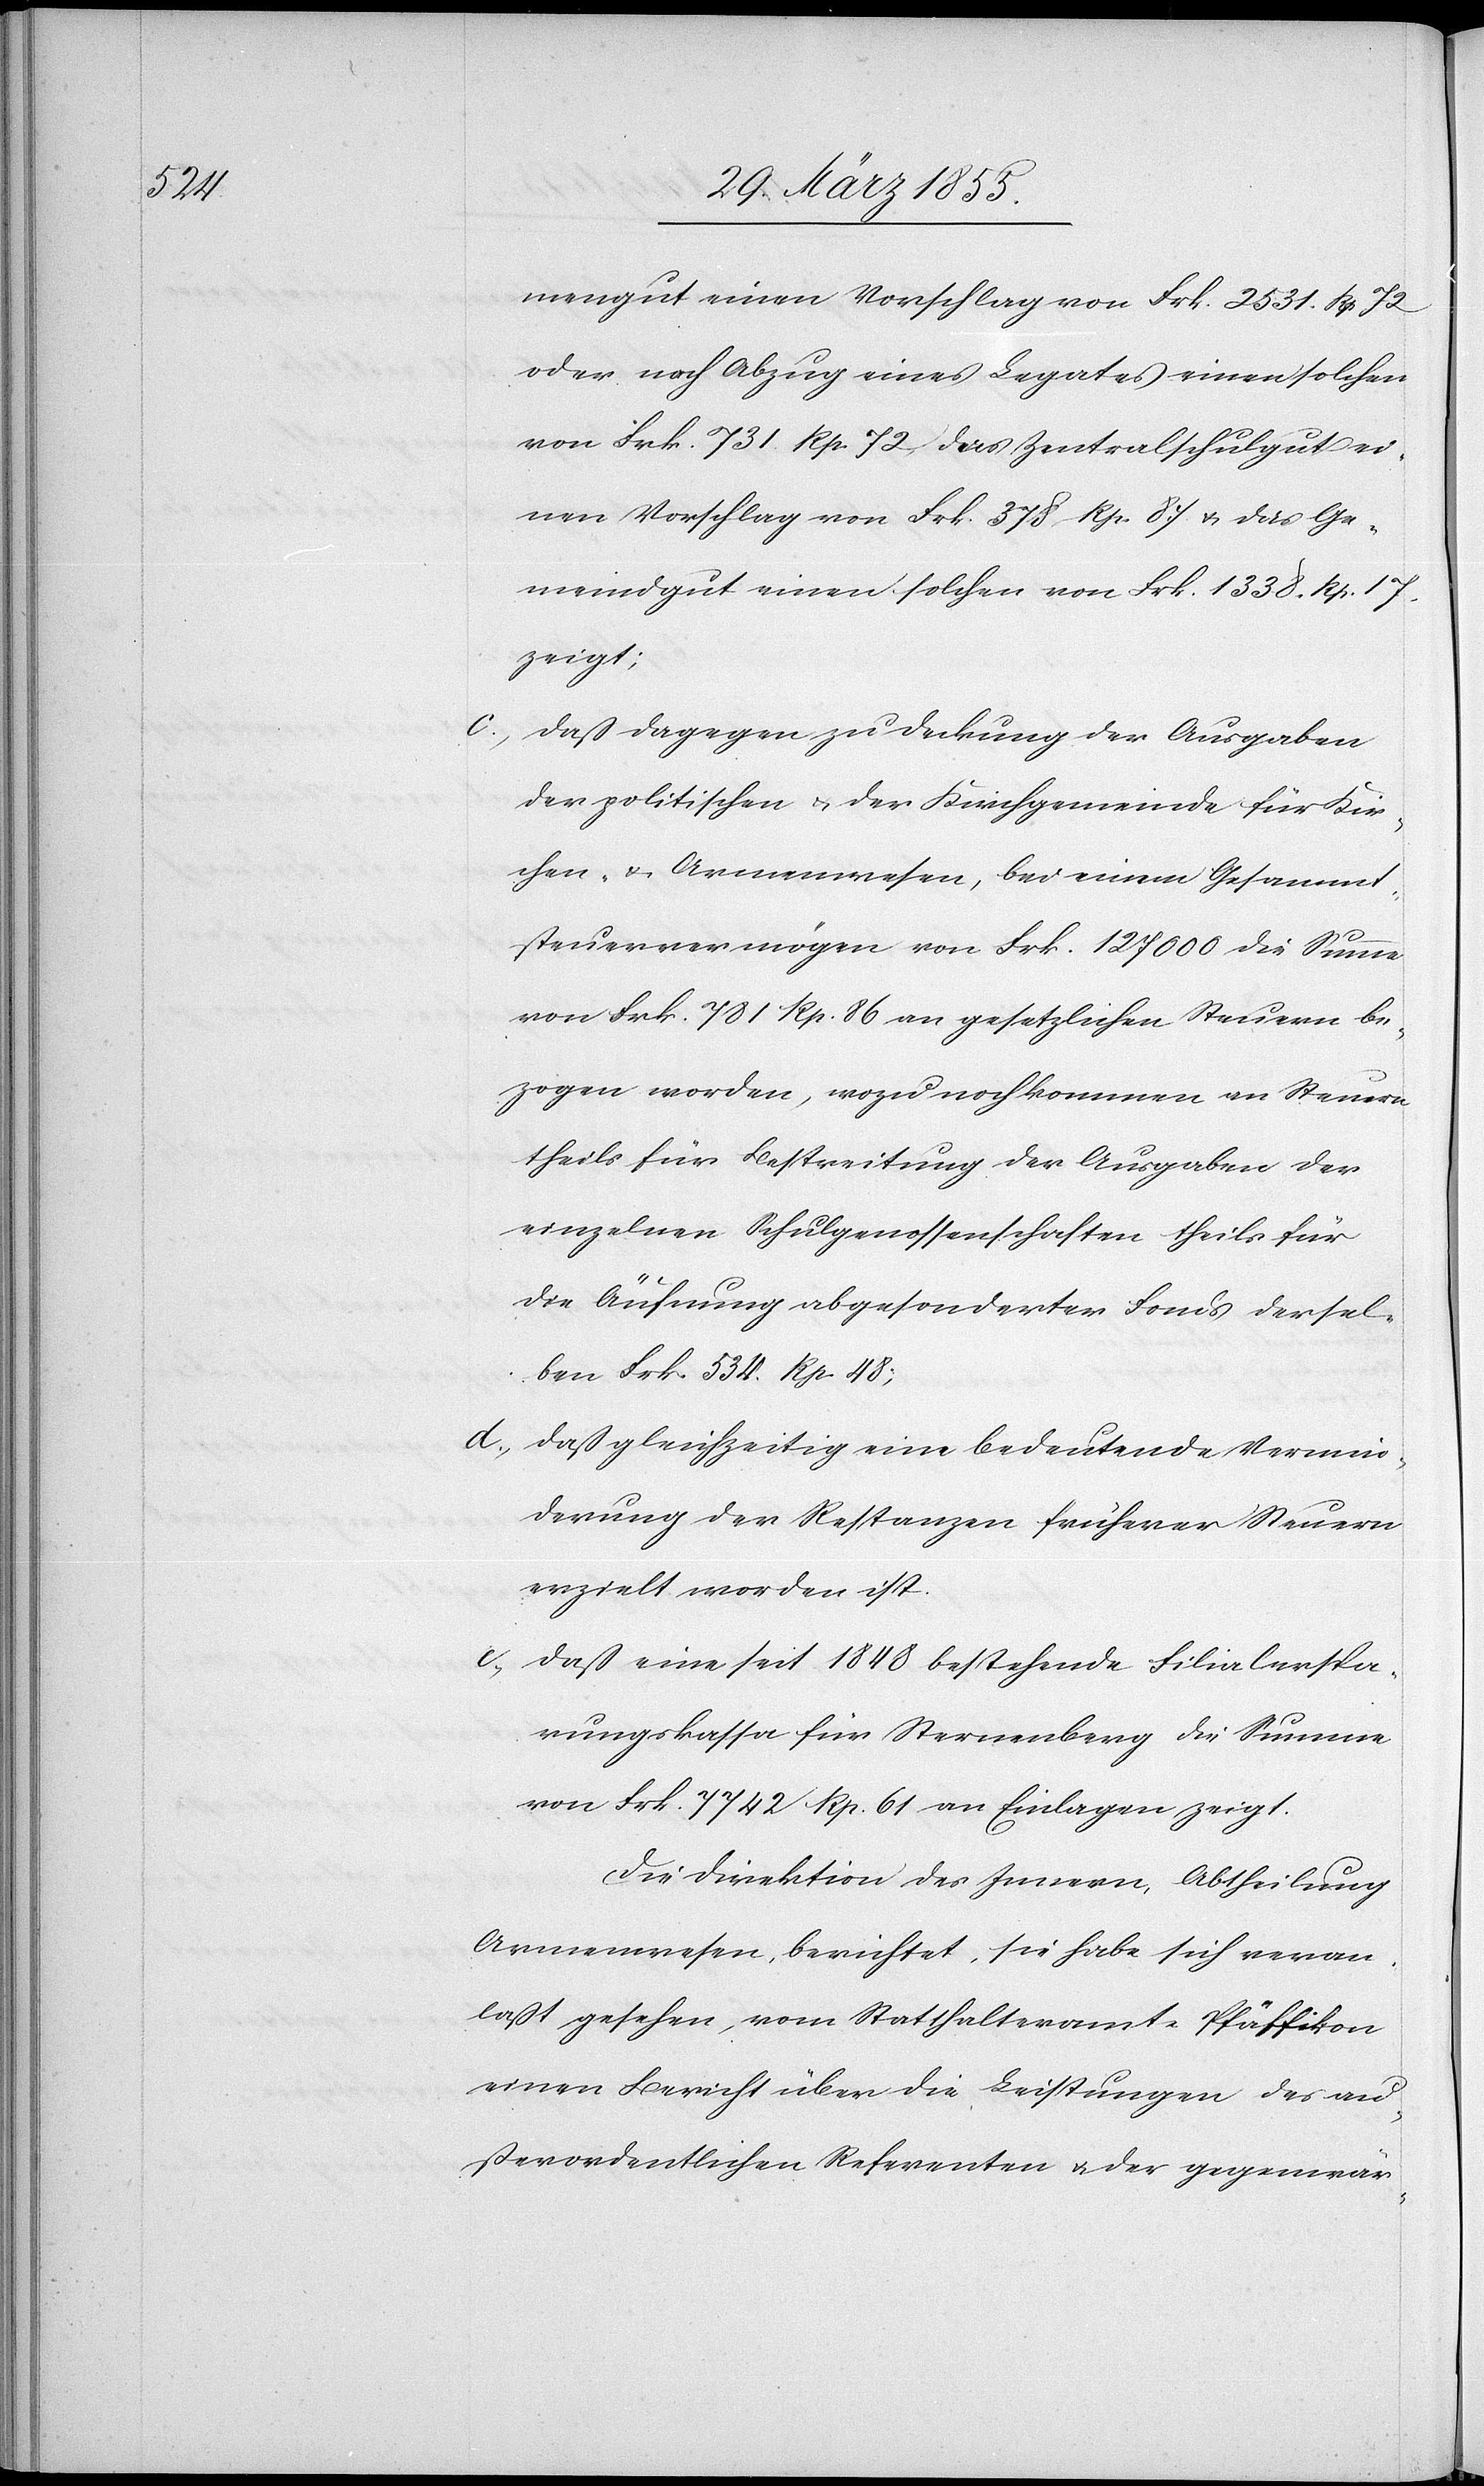
mengut einen Vorschlag von Frk. 2531. Rp. 72.
oder nach Abzug eines Legates einen solchen
von Frk. 731. Rp. 72 das Zentralschulgut ei¬
nen Vorschlag von Frk. 378 Rp. 87. & das Ge¬
meindgut einen solchen von Frk. 1338. Rp. 17.
zeigt;
daß dagegen zu Deckung der Ausgaben
der politischen & der Kirchgemeinde für Kir¬
chen- & Armenwesen, bei einem Gesammt¬
steuervermögen von Frk. 127 000 die Summe
von Frk. 781 Rp. 86 an gesetzlichen Steuern be¬
zogen worden, wozu noch kommen an Steuern
theils für Bestreitung der Ausgaben der
einzelnen Schulgenossenschaften theils für
die Äufnung abgesonderter Fonds dersel¬
ben Frk. 534. Rp. 48;
daß gleichzeitig eine bedeutende Vermin¬
derung der Restanzen früherer Steuern
erzielt worden ist.
daß eine seit 1848 bestehende Filialerspa¬
rungskassa für Sternenberg die Summe
von Frk. 7742 Rp. 61 an Einlagen zeigt.
Die Direktion des Innern, Abtheilung
Armenwesen, berichtet: sie habe sich veran¬
laßt gesehen, vom Statthalteramte Pfäffikon
einen Bericht über die Leistungen des au¬
ßerordentlichen Referenten & der gegenwär-